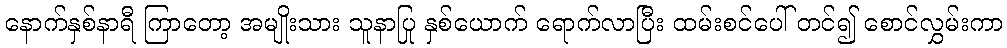
နောက်နှစ်နာရီ ကြာတော့ အမျိုးသား သူနာပြု နှစ်ယောက် ရောက်လာပြီး ထမ်းစင်ပေါ် တင်၍ စောင်လွှမ်းကာ